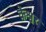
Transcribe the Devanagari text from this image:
केश्वर